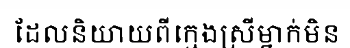
ដែលនិយាយពីក្មេងស្រីម្នាក់មិន